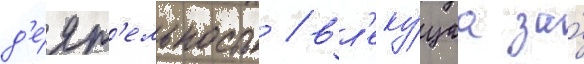
д'е́ят'ельность / вл'еку́щаа за́